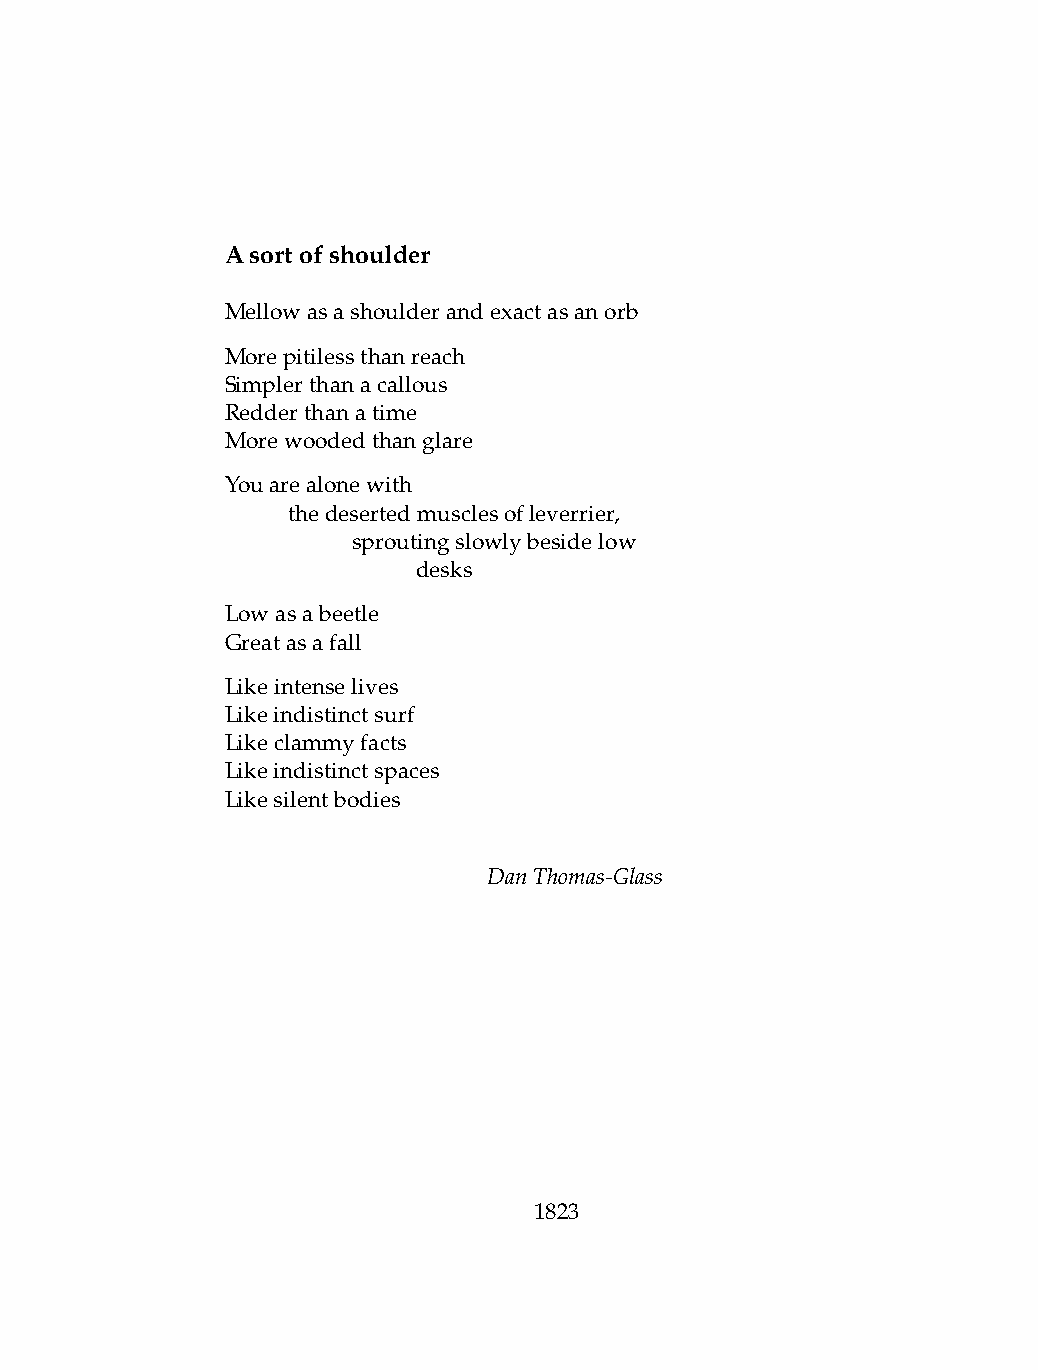
Asortofshoulder
 Mellowasashoulderandexactasanorb
 Morepitilessthanreach
 Simplerthanacallous
 Redderthanatime
 Morewoodedthanglare
 Youarealonewith
 .   thedesertedmusclesofleverrier,
 .   .   sproutingslowlybesidelow
 .   .   .    desks
 Lowasabeetle
 Greatasafall
 Likeintenselives
 Likeindistinctsurf
 Likeclammyfacts
 Likeindistinctspaces
 Likesilentbodies
 DanThomas-Glass
 1823